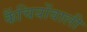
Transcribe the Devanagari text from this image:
कैंचियोंवाली